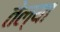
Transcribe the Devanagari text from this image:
तेल्या